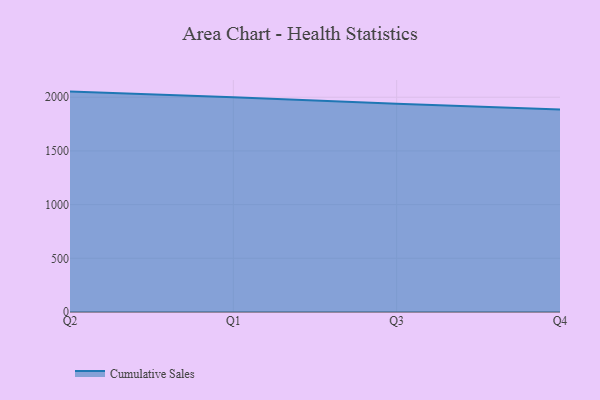
{"axis": {"x": "Quarter", "y": "Budget (USD K)"}, "legend": ["Cumulative Sales"], "data": [{"x": "Q2", "y": 2052.3, "type": "Cumulative Sales"}, {"x": "Q1", "y": 2000.7, "type": "Cumulative Sales"}, {"x": "Q3", "y": 1939.2, "type": "Cumulative Sales"}, {"x": "Q4", "y": 1886.2, "type": "Cumulative Sales"}]}